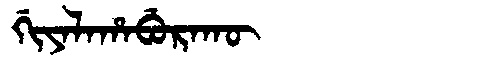
Manchu: ᡤᡳᠶᠠᠯᠠᡥᠠᠪᡠᡵᠠᡴᡡ
Romanization: GIYALAHABURAKŪ